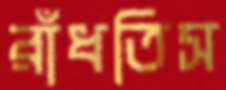
রাঁধতিস